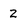
Character: 2